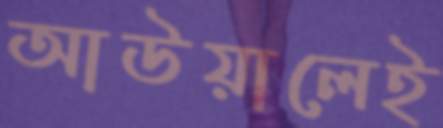
আউয়ালেই